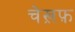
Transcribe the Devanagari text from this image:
चेख़फ़